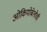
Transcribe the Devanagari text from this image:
ओकियोबेलोची